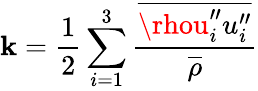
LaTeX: \mathbf{k}=\frac{{1}}{{2}}\sum_{i=1}^{3}\frac{{\overline{{{\rhou_{i}^{\prime\prime}u_{i}^{\prime\prime}}}}}}{{\overline{{{\rho}}}}}